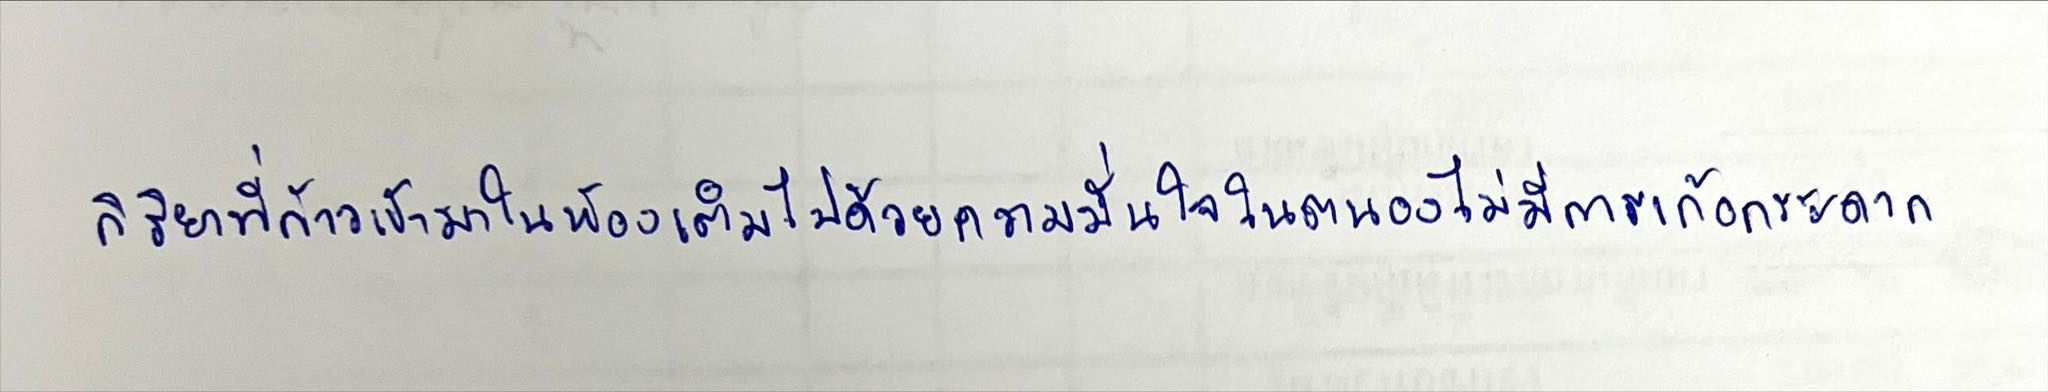
กิริยาที่ก้าวเข้ามาในห้องเต็มไปด้วยความมั่นใจในตนองไม่มีการเก้อกระดาก